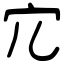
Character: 宂